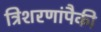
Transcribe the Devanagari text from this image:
त्रिशरणांपैकी